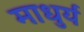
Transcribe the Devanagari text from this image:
माधुर्यं